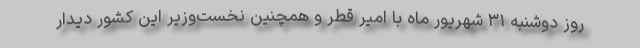
روز دوشنبه ۳۱ شهریور ماه با امیر قطر و همچنین نخست‌وزیر این کشور دیدار